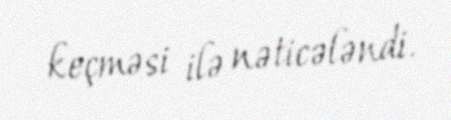
keçməsi ilə nəticələndi.